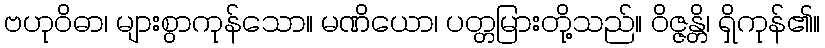
ဗဟုဝိဓာ၊ များစွာကုန်သော။ မဏိယော၊ ပတ္တမြားတို့သည်။ ဝိဇ္ဇန္တိ၊ ရှိကုန်၏။